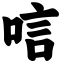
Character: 唁